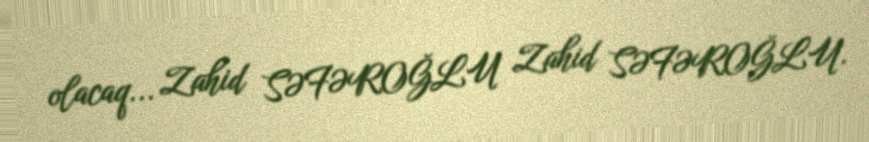
olacaq... Zahid SƏFƏROĞLU Zahid SƏFƏROĞLU.